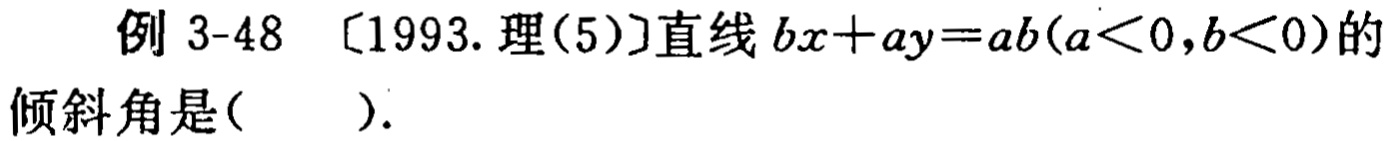
例 3-48 〔1993.理(5)〕直线 \(bx + ay = ab(a<0,b<0)\)的倾斜角是( ).